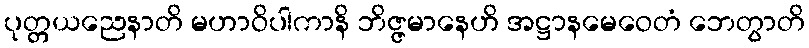
ပုတ္တယညေနာတိ မဟာဝိပါကာနိ ဘိဇ္ဇမာနေဟိ အဋ္ဌာနမေဝေတံ ဘေတွာတိ